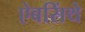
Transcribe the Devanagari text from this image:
ऐबसिंथे